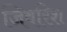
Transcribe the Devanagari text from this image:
जिबरिश